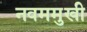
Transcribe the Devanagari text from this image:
नवममुखी